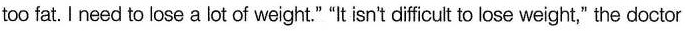
too fat. I need to lose a lot of weight." "It isn't difficult to lose weight," the doctor